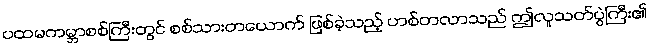
ပထမကမ္ဘာစစ်ကြီးတွင် စစ်သားတယောက် ဖြစ်ခဲ့သည့် ဟစ်တလာသည် ဤလူသတ်ပွဲကြီး၏